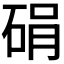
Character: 𪿠